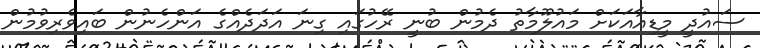
ސައުދީ މީޑިއާއަކަށް މައުލޫމާތު ދެމުން ބުނީ ރޭހުގައި ގިނަ އަދަަދެއްގެ އަންހެނުން ބައިވެރިވުމުން